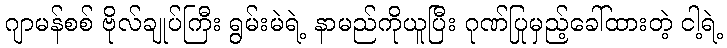
ဂျာမန်စစ် ဗိုလ်ချုပ်ကြီး ရွမ်းမဲရဲ့ နာမည်ကိုယူပြီး ဂုဏ်ပြုမှည့်ခေါ်ထားတဲ့ ငါ့ရဲ့